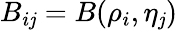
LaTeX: B_{i\mathit{j}}=B(\rho_{i},\eta_{\mathit{j}})